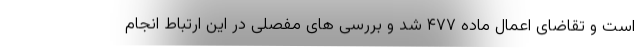
است و تقاضای اعمال ماده ۴۷۷ شد و بررسی های مفصلی در این ارتباط انجام